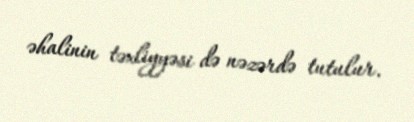
əhalinin təxliyyəsi də nəzərdə tutulur.